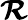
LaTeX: \boldsymbol{\mathcal{R}}